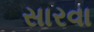
સારવા